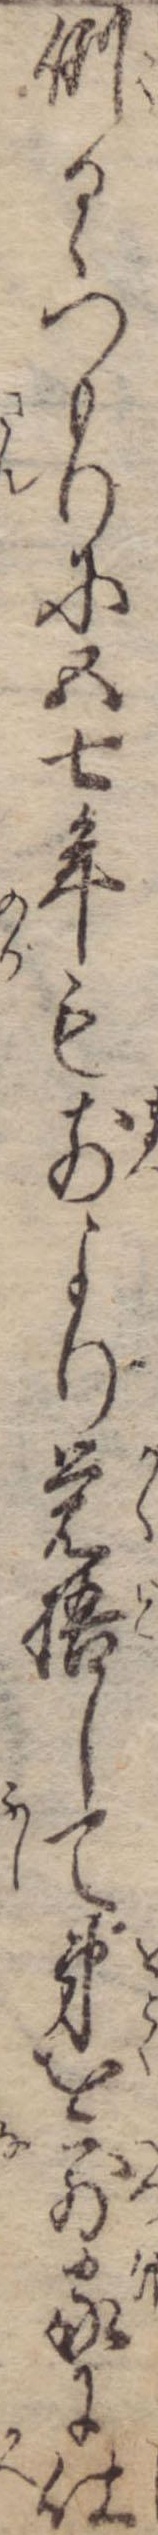
倒るゝつもりに五七年も前より覚悟して弟を別家に仕